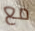
مع